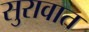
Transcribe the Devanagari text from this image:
सुरावात